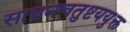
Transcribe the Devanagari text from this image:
साधनचतुष्टययुक्त